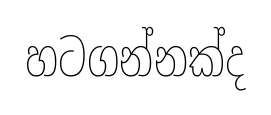
හටගන්නක්ද